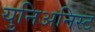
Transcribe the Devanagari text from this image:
युनिअनिस्ट